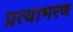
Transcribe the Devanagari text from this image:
प्रत्याभरण